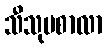
သီသုပစာလာ